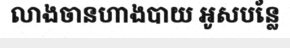
លាងចានហាងបាយ អូសបន្លែ